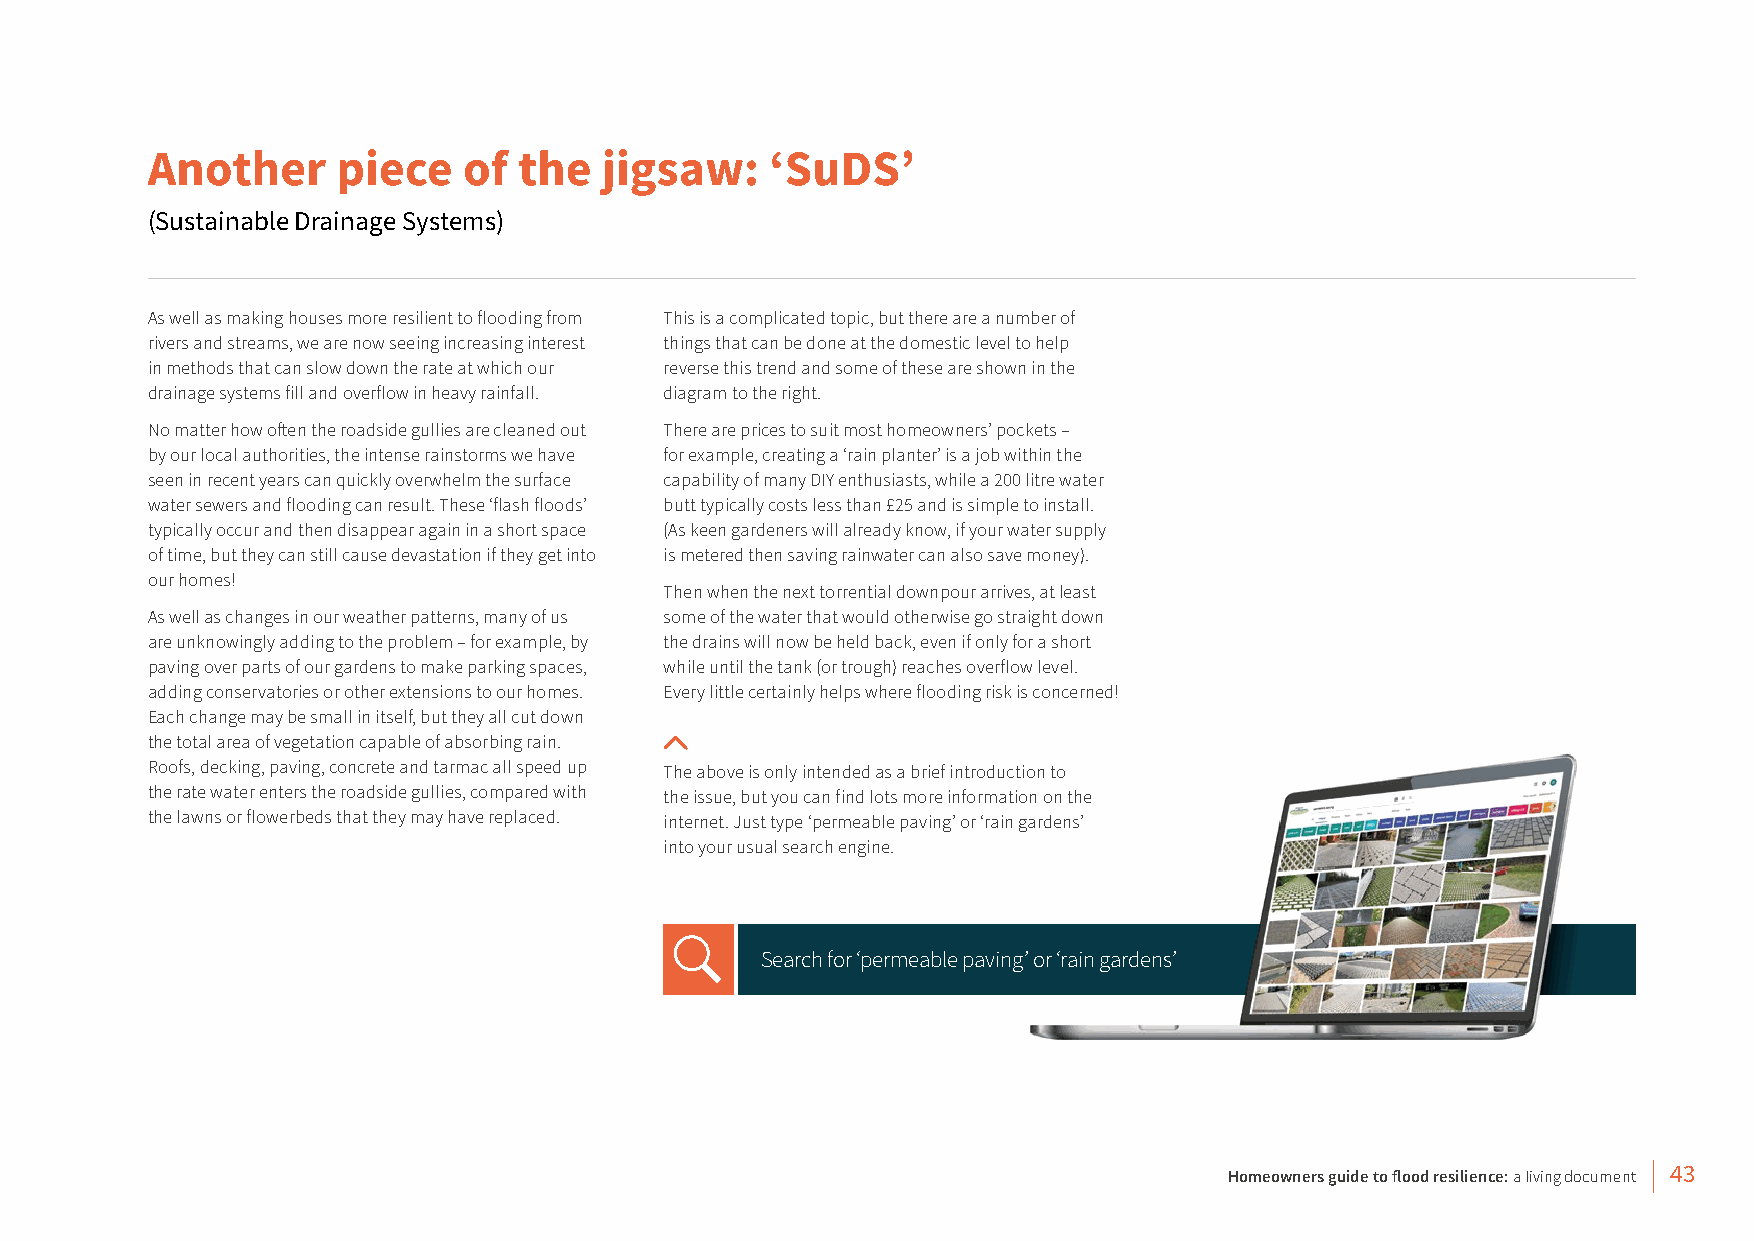
Another     piece    of the   jigsaw:    ‘SuDS’
 (Sustainable Drainage Systems)
 As well as making houses more resilient to flooding from This is a complicated topic, but there are a number of
 rivers and streams, we are now seeing increasing interest things that can be done at the domestic level to help
 in methods that can slow down the rate at which our reverse this trend and some of these are shown in the
 drainage systems fill and overflow in heavy rainfall. diagram to the right.
 No matter how often the roadside gullies are cleaned out There are prices to suit most homeowners’ pockets –
 by our local authorities, the intense rainstorms we have for example, creating a ‘rain planter’ is a job within the
 seen in recent years can quickly overwhelm the surface capability of many DIY enthusiasts, while a 200 litre water
 water sewers and flooding can result. These ‘flash floods’ butt typically costs less than £25 and is simple to install.
 typically occur and then disappear again in a short space (As keen gardeners will already know, if your water supply
 of time, but they can still cause devastation if they get into is metered then saving rainwater can also save money).
 our homes!
 Then when the next torrential downpour arrives, at least
 As well as changes in our weather patterns, many of us some of the water that would otherwise go straight down
 are unknowingly adding to the problem – for example, by the drains will now be held back, even if only for a short
 paving over parts of our gardens to make parking spaces, while until the tank (or trough) reaches overflow level.
 adding conservatories or other extensions to our homes. Every little certainly helps where flooding risk is concerned!
 Each change may be small in itself, but they all cut down
 the total area of vegetation capable of absorbing rain.
 Roofs, decking, paving, concrete and tarmac all speed up The above is only intended as a brief introduction to
 the rate water enters the roadside gullies, compared with the issue, but you can find lots more information on the
 the lawns or flowerbeds that they may have replaced. internet. Just type ‘permeable paving’ or ‘rain gardens’
 into your usual search engine.
 Search for ‘permeable paving’ or ‘rain gardens’
 Homeowners guide to flood resilience: a living document 43